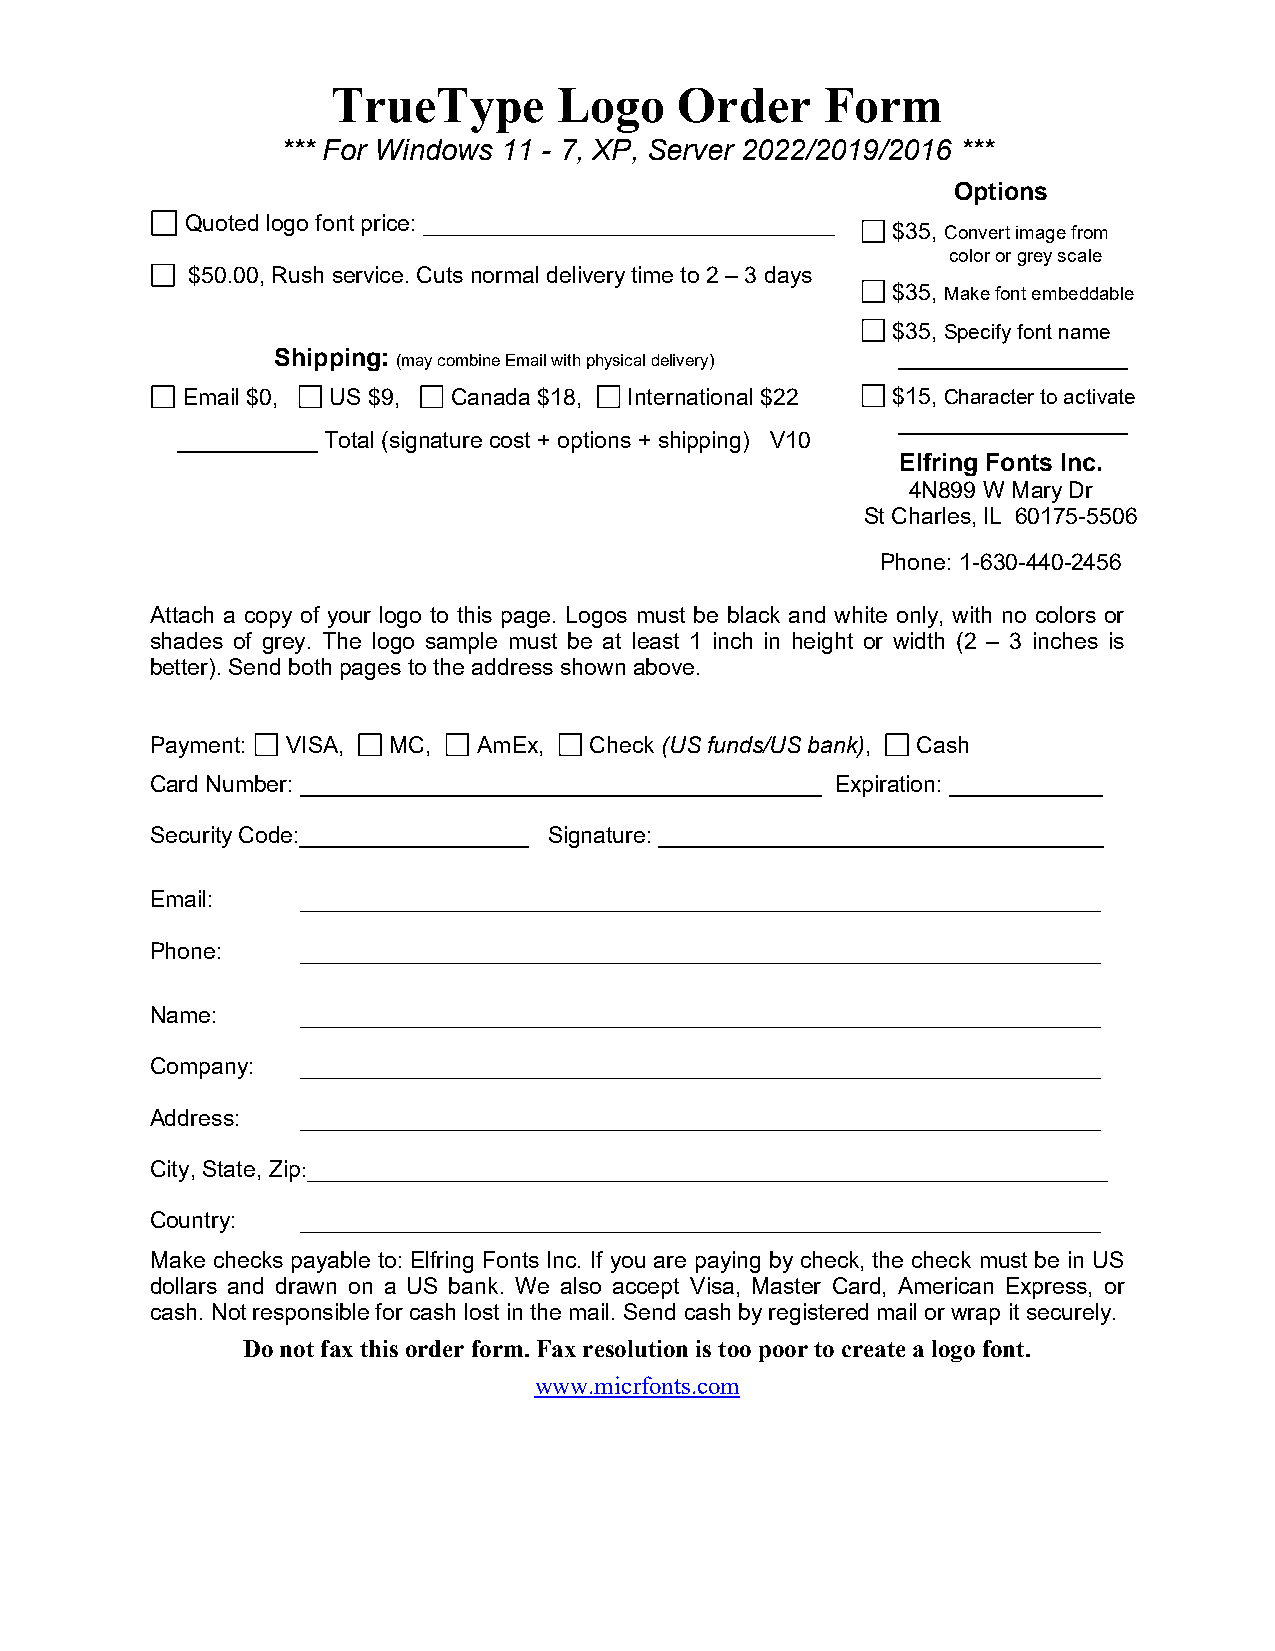
TrueType       Logo    Order     Form
 *** For Windows 11 - 7, XP, Server 2022/2019/2016 ***
 Options
 Quoted logo font price: _________________________________
 $35, Convert image from
 color or grey scale
 $50.00, Rush service. Cuts normal delivery time to 2 – 3 days
 $35, Make font embeddable
 $35, Specify font name
 Shipping: (may combine Email with physical delivery) __________________
 Email $0, US $9,  Canada $18, International $22 $15, Character to activate
 __________________
 ___________ Total (signature cost + options + shipping) V10
 Elfring Fonts Inc.
 4N899 W Mary Dr
 St Charles, IL 60175-5506
 Phone: 1-630-440-2456
 Attach a copy of your logo to this page. Logos must be black and white only, with no colors or
 shades of grey. The logo sample must be at least 1 inch in height or width (2 – 3 inches is
 better). Send both pages to the address shown above.
 Payment: VISA,  MC,   AmEx,  Check (US funds/US bank), Cash
 Card Number: _________________________________________ Expiration: ____________
 Security Code:__________________ Signature: ___________________________________
 Email:    ______________________________________________________________________
 Phone:    ______________________________________________________________________
 Name:     ______________________________________________________________________
 Company:  ______________________________________________________________________
 Address:  ______________________________________________________________________
 City, State, Zip:______________________________________________________________________
 Country:  ______________________________________________________________________
 Make checks payable to: Elfring Fonts Inc. If you are paying by check, the check must be in US
 dollars and drawn on a US bank. We also accept Visa, Master Card, American Express, or
 cash. Not responsible for cash lost in the mail. Send cash by registered mail or wrap it securely.
 Do not fax this order form. Fax resolution is too poor to create a logo font.
 www.micrfonts.com